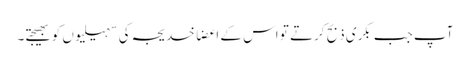
آپ جب بکری ذبح کرتے تو اس کے اعضا خدیجہ کی سہیلیوں کو بھیجتے۔